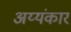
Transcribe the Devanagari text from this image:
अय्यंकार